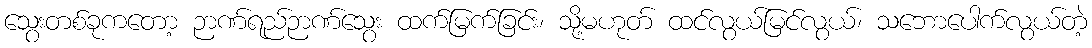
သွေးတစ်ခုကတော့ ဉာဏ်ရည်ဉာဏ်သွေး ထက်မြက်ခြင်း၊ သို့မဟုတ် ထင်လွယ်မြင်လွယ်၊ သဘောပေါက်လွယ်တဲ့